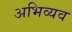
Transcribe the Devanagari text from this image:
अभिव्यव